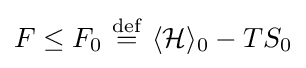
F\leq F_{0}\ {\stackrel {\mathrm {def} }{=}}\ \langle {\mathcal {H}}\rangle _{0}-TS_{0}